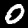
Digit: 0